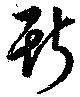
斯